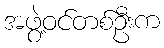
အဖွဲ့ဝင်တစ်ဦးက